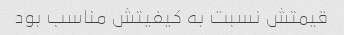
قیمتش نسبت به کیفیتش مناسب بود